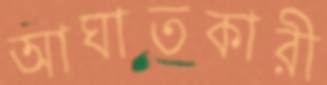
আঘাতকারী